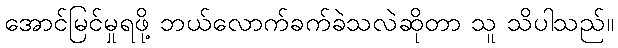
အောင်မြင်မှုရဖို့ ဘယ်လောက်ခက်ခဲသလဲဆိုတာ သူ သိပါသည်။